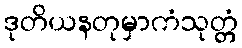
ဒုတိယနတုမှာကံသုတ္တံ